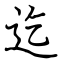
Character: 迄